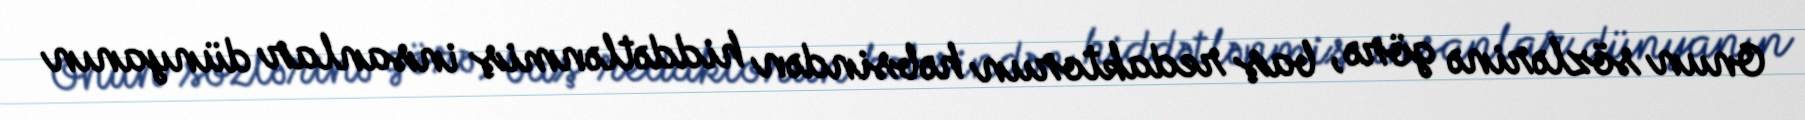
Onun sözlərinə görə, baş redaktorun həbsindən hiddətlənmiş insanlar dünyanın